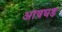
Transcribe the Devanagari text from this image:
आवघड